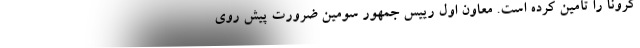
کرونا را تأمین کرده است. معاون اول رییس جمهور سومین ضرورت پیش روی